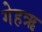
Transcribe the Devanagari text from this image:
गेहऋ